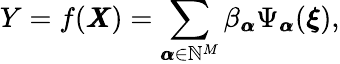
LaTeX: Y=f(\pmb{X})=\sum_{{\pmb{\alpha}}\in\mathbb{N}^{M}}\beta_{{\pmb{\alpha}}}\Psi_{{\pmb{\alpha}}}({\boldsymbol{\xi}}),